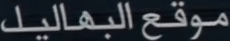
موقع البهاليل